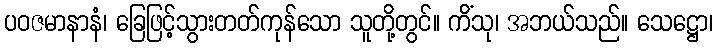
ပဝဇမာနာနံ၊ ခြေဖြင့်သွားတတ်ကုန်သော သူတို့တွင်။ ကိံသု၊ အဘယ်သည်။ သေဋ္ဌော၊